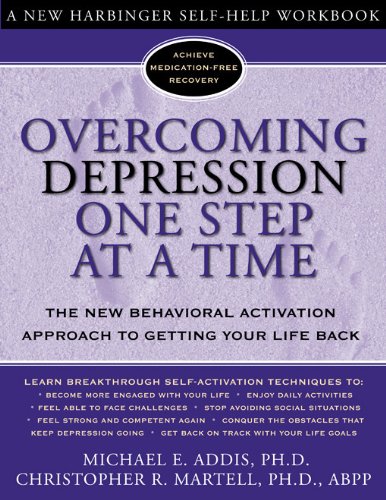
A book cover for Overcoming Depression One Step at a Time: The New Behavioral Activation Approach to Getting Your Life Back; Michael Addis; Health, Fitness & Dieting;